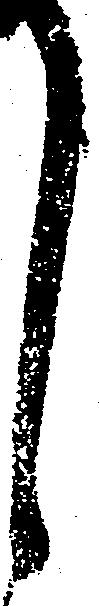
し